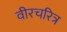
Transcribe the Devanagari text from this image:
वीरचरित्र